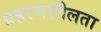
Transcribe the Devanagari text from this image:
ग्रहरणशीलता